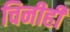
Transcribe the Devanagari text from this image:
चिनीही